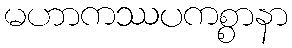
မဟာကဿပကစ္စာနာ